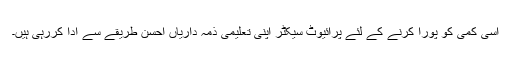
اسی کمی کو پورا کرنے کے لئے پرائیوٹ سیکٹر اپنی تعلیمی ذمہ داریاں احسن طریقے سے ادا کررہی ہیں۔